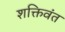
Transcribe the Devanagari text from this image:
शक्तिवंत